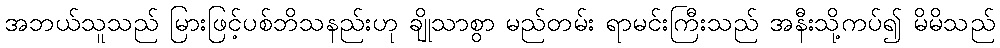
အဘယ်သူသည် မြားဖြင့်ပစ်ဘိသနည်းဟု ချိုသာစွာ မည်တမ်း ရာမင်းကြီးသည် အနီးသို့ကပ်၍ မိမိသည်